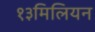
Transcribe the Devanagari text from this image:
१३मिलियन